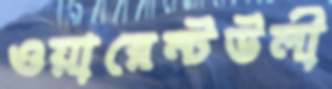
ওয়ারেন্টউলী